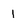
Character: 1